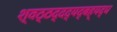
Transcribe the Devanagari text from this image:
श्वठ्ठद्दद्यद्बह्यद्ध